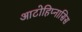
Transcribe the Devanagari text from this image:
आटोहिप्नासिस